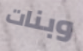
وبنات